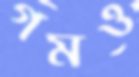
গমও